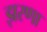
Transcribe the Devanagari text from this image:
झरणा